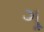
ગૂ